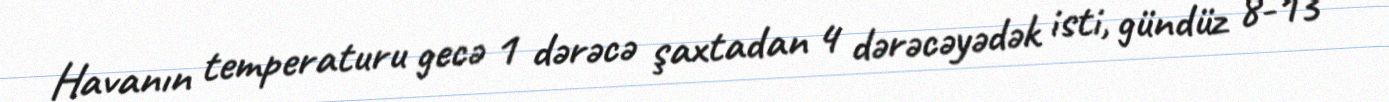
Havanın temperaturu gecə 1 dərəcə şaxtadan 4 dərəcəyədək isti, gündüz 8-13